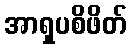
အာရှပစိဖိတ်